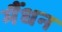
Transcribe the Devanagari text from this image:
मैंधन